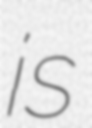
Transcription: is